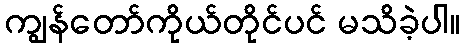
ကျွန်တော်ကိုယ်တိုင်ပင် မသိခဲ့ပါ။